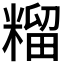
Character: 𮇶